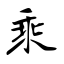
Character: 乘